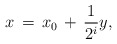
\begin{align*}x\,=\,x_0\,+\,\frac{1}{2^i}y,\end{align*}